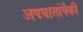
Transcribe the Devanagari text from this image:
अपघातांपैकी